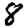
Digit: 8